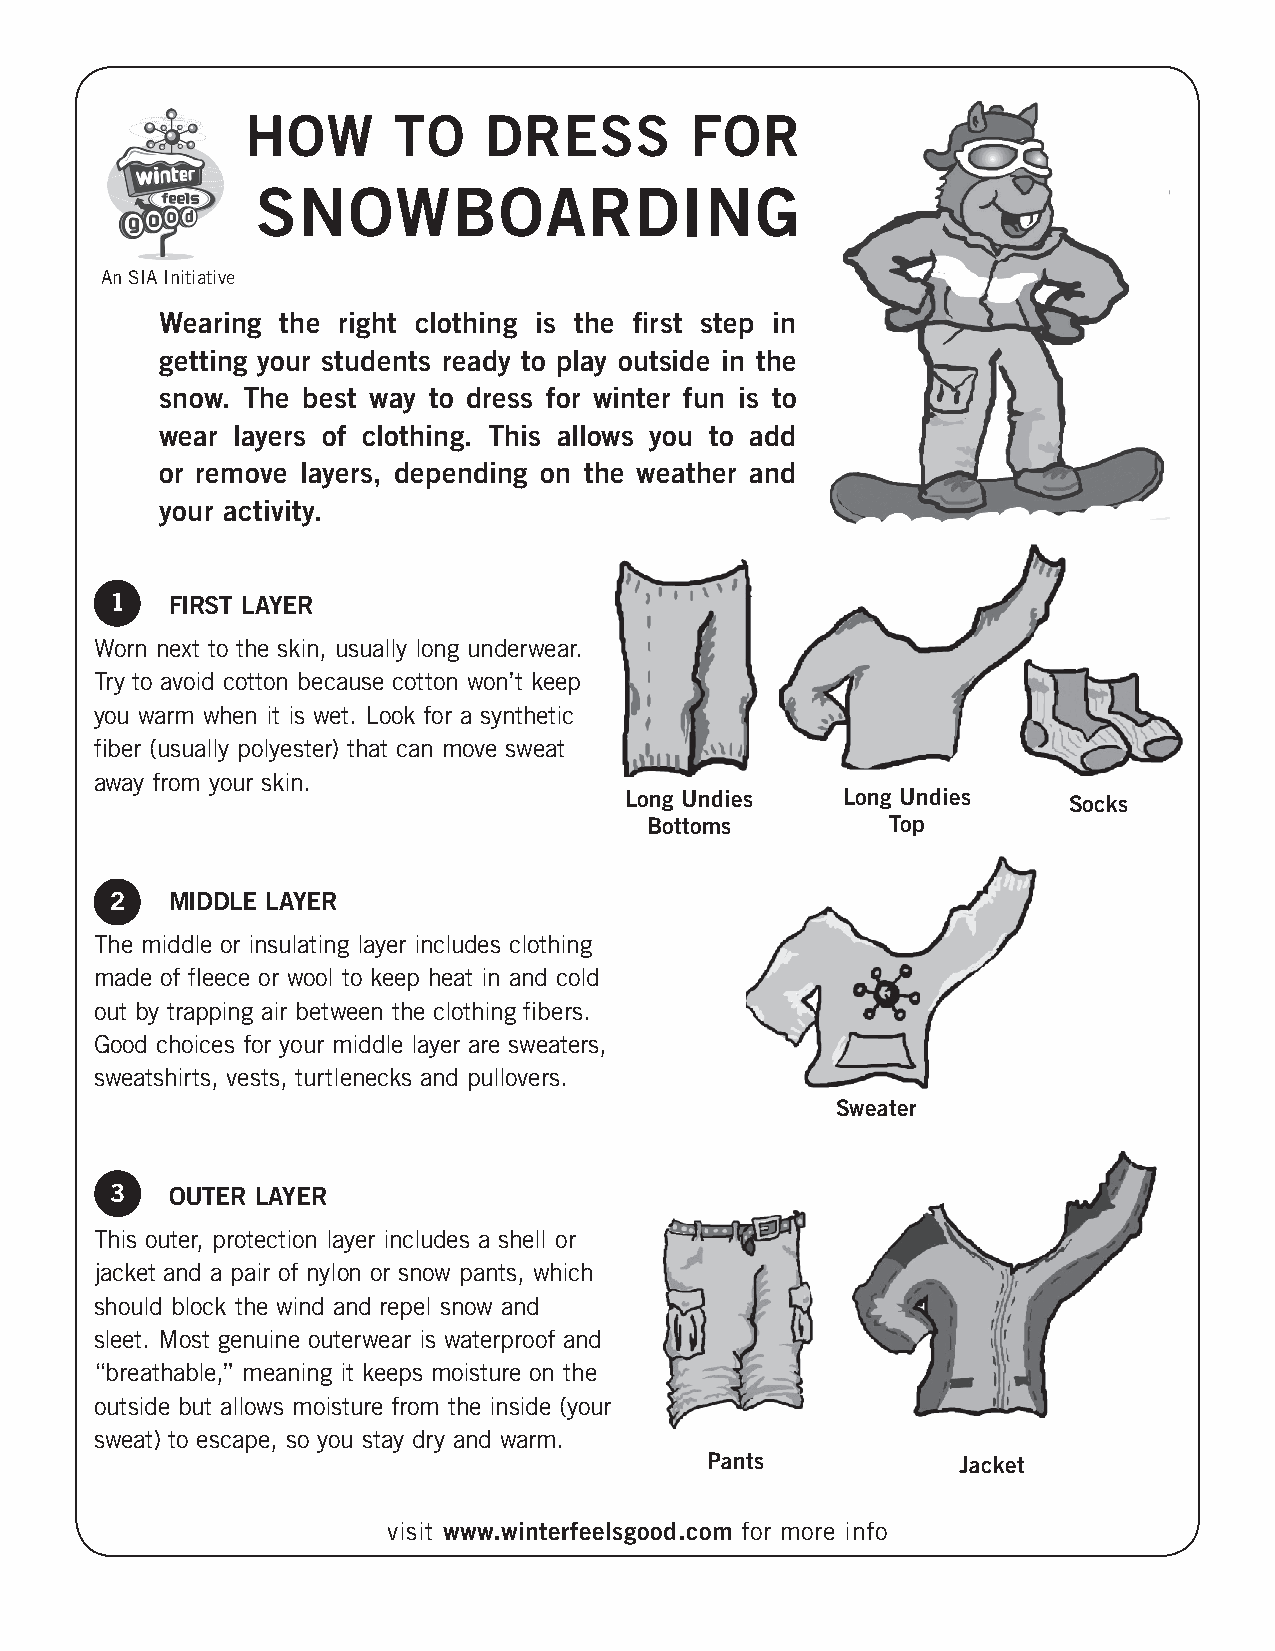
HOW       TO    DRESS         FOR
 SNOWBOARDING
 An SIA Initiative
 Wearing the right clothing is the fi rst step in
 getting your students ready to play outside in the
 snow. The best way to dress for winter fun is to
 wear layers of clothing. This allows you to add
 or remove layers, depending on the weather and
 your activity.
 1   FIRST LAYER
 Worn next to the skin, usually long underwear.
 Try to avoid cotton because cotton won’t keep
 you warm when it is wet. Look for a synthetic
 fi ber (usually polyester) that can move sweat
 away from your skin.
 Long Undies    Long Undies    Socks
 Bottoms         Top
 2   MIDDLE LAYER
 The middle or insulating layer includes clothing
 made of fl eece or wool to keep heat in and cold
 out by trapping air between the clothing fi bers.
 Good choices for your middle layer are sweaters,
 sweatshirts, vests, turtlenecks and pullovers.
 Sweater
 3   OUTER LAYER
 This outer, protection layer includes a shell or
 jacket and a pair of nylon or snow pants, which
 should block the wind and repel snow and
 sleet. Most genuine outerwear is waterproof and
 “breathable,” meaning it keeps moisture on the
 outside but allows moisture from the inside (your
 sweat) to escape, so you stay dry and warm.
 Pants            Jacket
 visit www.winterfeelsgood.com for more info